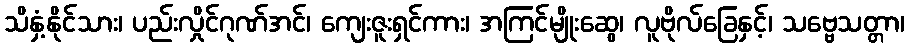
သိနှံ့နိုင်သား၊ ပည်းလှိုင်ဂုဏ်အင်၊ ကျေးဇူးရှင်ကား၊ အကြင်မျိုးဆွေ၊ လူဗိုလ်ခြေနှင့်၊ သဗ္ဗေသတ္တာ၊